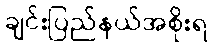
ချင်းပြည်နယ်အစိုးရ